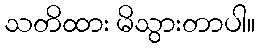
သတိထား မိသွားတာပါ။